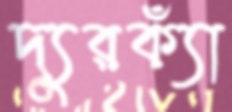
দ্যুরক্যাঁ